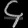
Digit: ၄